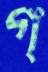
গ্